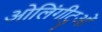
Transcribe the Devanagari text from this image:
ओलिंगीटुओं